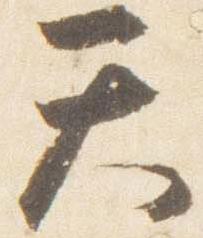
天